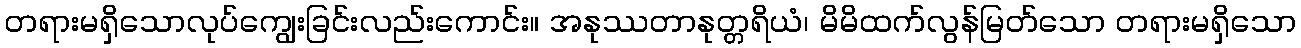
တရားမရှိသောလုပ်ကျွေးခြင်းလည်းကောင်း။ အနုဿတာနုတ္တရိယံ၊ မိမိထက်လွန်မြတ်သော တရားမရှိသော